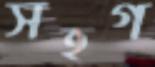
সহগ